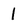
Character: 1